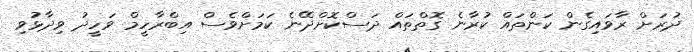
ދުރަށް ރާވައިގެން ކަންތައް ކުރާނެ ގޮތްތައް ދަސްކޮށްދޭނެ ކަމަށްވެސް އިބްރާހީމް ވަހީދު ވިދާޅުވި